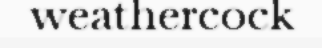
weathercock